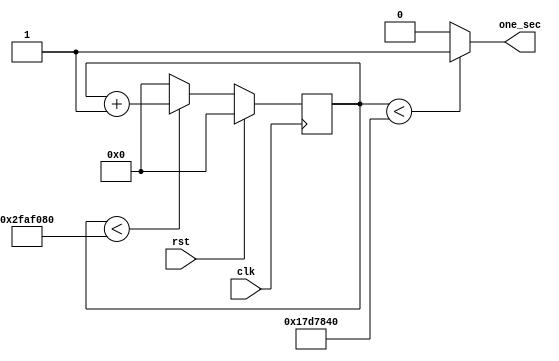
module fifty_mhz_to_seconds(one_sec,clk,rst);
  output one_sec;
  input clk,rst;
  reg [25:0]count;
  
always@(posedge clk)
begin

if(rst)
  begin
    count = 26'd0;
  end
else if(count < 26'd50000000)
  begin
    count = count+1'b1;
  end
else
  count = 26'd0;
  
end

assign one_sec = (count < 26'd25000000) ? 1'b1 : 1'b0;

endmodule